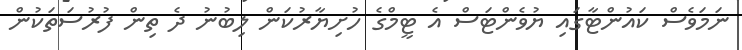
ނަމަވެސް ކައުންޓާގައި ޔުވެންޓަސް އެ ޓީމްގެ ހުށިޔާރުކަން ލިބުނު ދެ ތިން ފުރުސަތަކުން